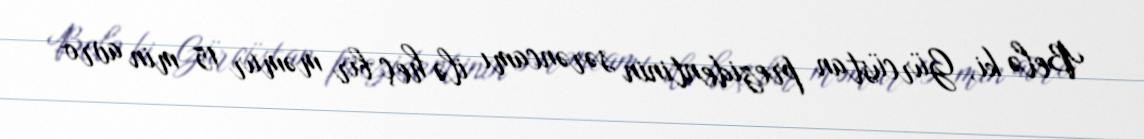
Belə ki, Gürcüstan prezidentinin sərəncamı ilə heç bir məmur 15 min avro